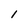
Character: 1